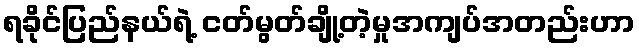
ရခိုင်ပြည်နယ်ရဲ့ ငတ်မွတ်ချို့တဲ့မှုအကျပ်အတည်းဟာ